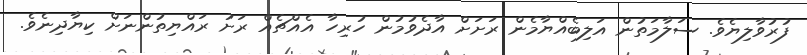
ފުރުވާލިޔެވެ. ސަލާމަތުން އަލިބެއްޔާމެން ރަށަށް އާދެވުމުން ހުރިހާ އެއްޗެއް ރަށު ރައްޔިތުންނަށް ކިޔާދިނެވެ.